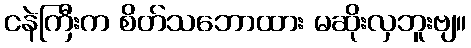
ငနဲကြီးက စိတ်သဘောထား မဆိုးလှဘူးဗျ။